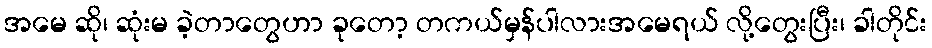
အမေ ဆို၊ ဆုံးမ ခဲ့တာတွေဟာ ခုတော့ တကယ်မှန်ပါလားအမေရယ် လို့တွေးပြီး၊ ခါတိုင်း